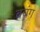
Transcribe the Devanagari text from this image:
बचंग